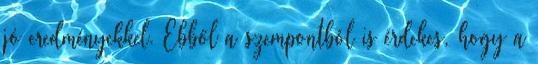
jó eredményekkel. Ebből a szempontból is érdekes, hogy a